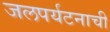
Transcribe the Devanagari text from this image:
जलपर्यटनाची